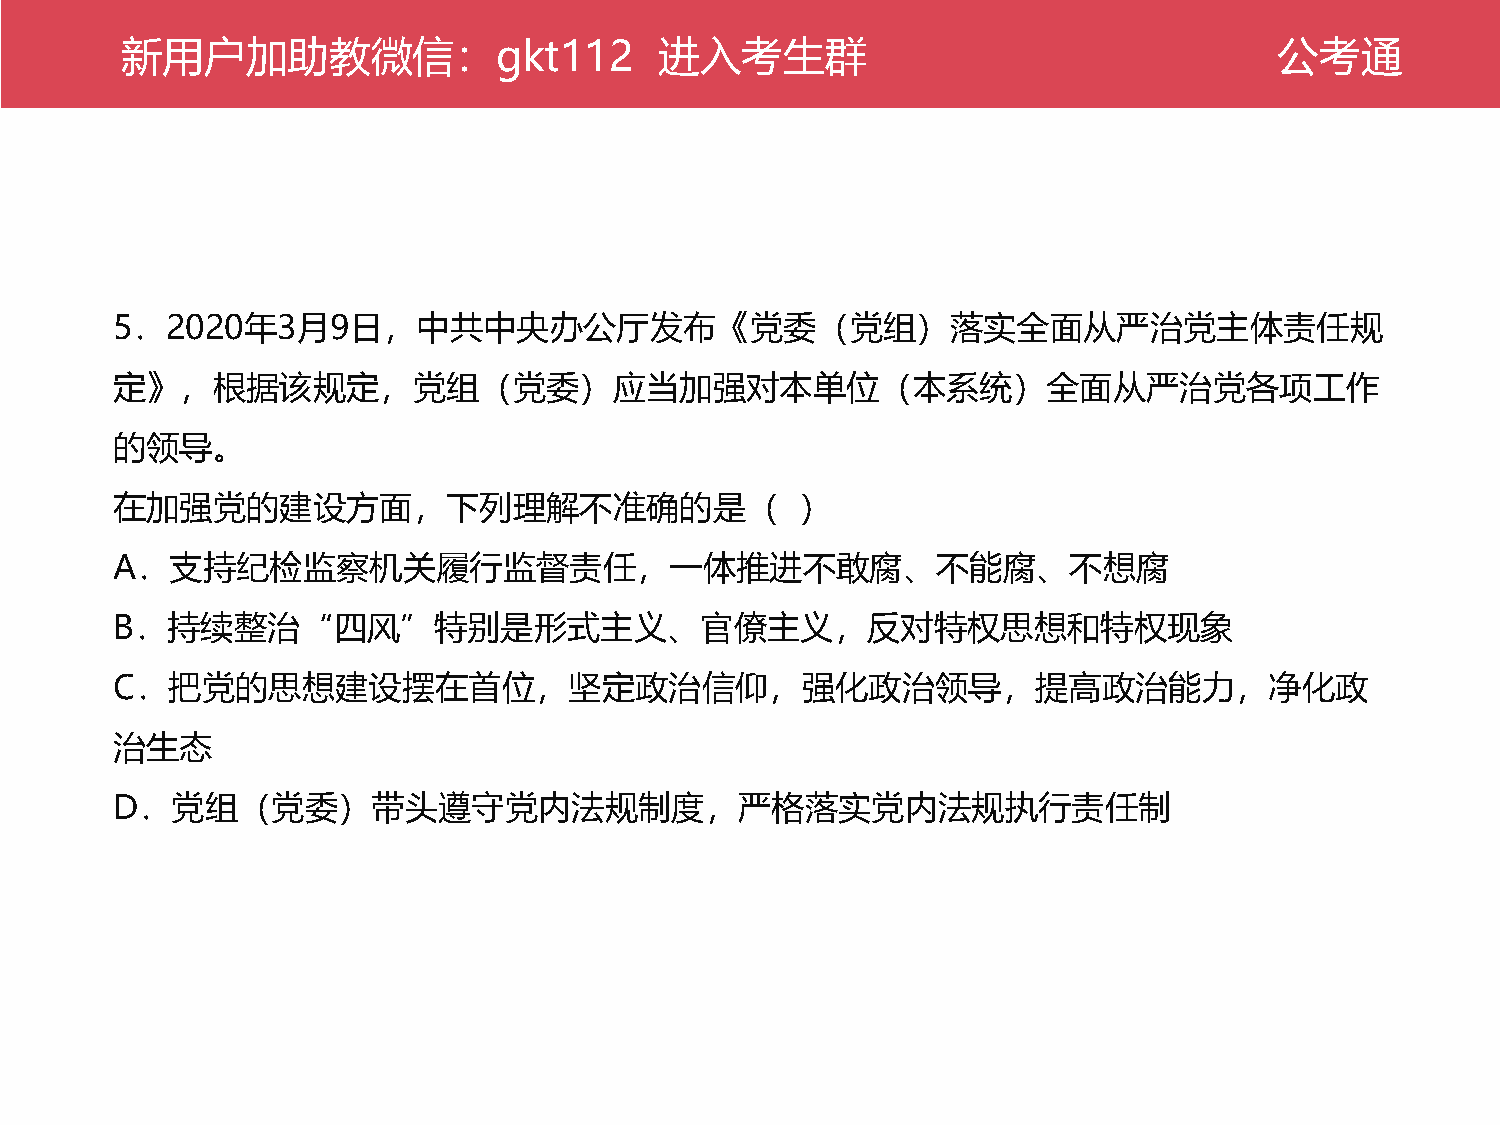
新公用考户通加助教微信：gkt112                  进入考生群                                    公考通
 5．2020年3月9日，中共中央办公厅发布《党委（党组）落实全面从严治党主体责任规
 定》，根据该规定，党组（党委）应当加强对本单位（本系统）全面从严治党各项工作
 的领导。
 在加强党的建设方面，下列理解不准确的是（                          ）
 A．支持纪检监察机关履行监督责任，一体推进不敢腐、不能腐、不想腐
 B．持续整治“四风”特别是形式主义、官僚主义，反对特权思想和特权现象
 C．把党的思想建设摆在首位，坚定政治信仰，强化政治领导，提高政治能力，净化政
 治生态
 D．党组（党委）带头遵守党内法规制度，严格落实党内法规执行责任制